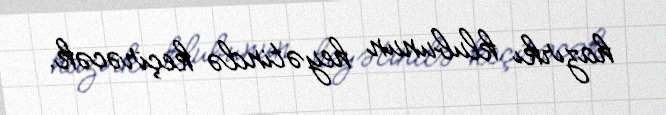
hazırkı klubunun heyətində keçirəcək.